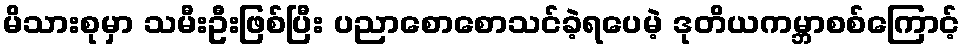
မိသားစုမှာ သမီးဦးဖြစ်ပြီး ပညာစောစောသင်ခဲ့ရပေမဲ့ ဒုတိယကမ္ဘာစစ်ကြောင့်